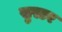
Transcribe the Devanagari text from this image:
सुस्टर